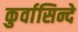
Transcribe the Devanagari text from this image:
कुर्वासिन्दे